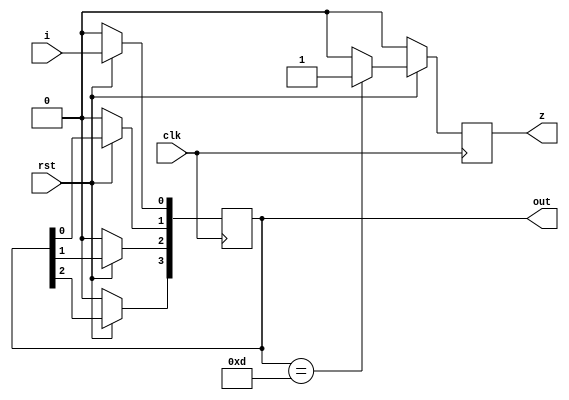
`timescale 1ns / 1ps

module mealy(clk, rst, i, out, z);
input clk, rst, i;
output [3:0] out;
output z;
reg z;
reg [3:0] out;

reg [3:0]tar = 4'b1101;

initial out = 4'b0000;
initial z = 1'b0;

always@(posedge clk)
begin
    if (!rst) begin 
        out = 4'b0000;
        z = 1'b0;
    end
    else begin
    if (out == tar) begin
        z = 1'b1;
    end
    else begin
        z = 1'b0;
    end
    out[3] <= out[2];
    out[2] <= out[1];
    out[1] <= out[0];
    out[0] <= i;
    end
end

endmodule